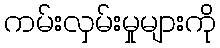
ကမ်းလှမ်းမှုများကို